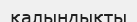
қалыңдықты